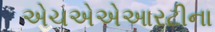
એચએએઆરટીના